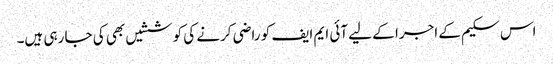
اس سکیم کے اجرا کے لیے آئی ایم ایف کو راضی کرنے کی کوششیں بھی کی جا رہی ہیں۔